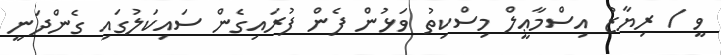
ވީ / ރިޔާޒު އިސްމާޢީލް މިސްކިތު ވަޅުން ފެން ފުރައިގެން ސައިކަލުގައި ގެންދަނީ